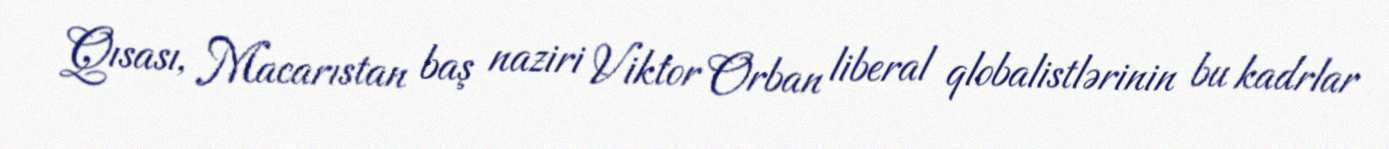
Qısası, Macarıstan baş naziri Viktor Orban liberal qlobalistlərinin bu kadrlar